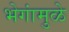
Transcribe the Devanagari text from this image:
भेगांमुळे